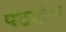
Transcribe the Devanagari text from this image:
पठाई।।